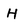
Character: H